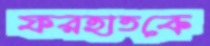
ফরহাতকে